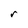
Character: r